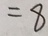
= 8